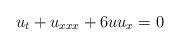
LaTeX: \begin{align*}u_t+u_{xxx}+6 uu_x=0\end{align*}